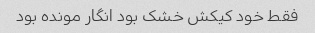
فقط خود کیکش خشک بود انگار مونده بود